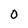
Character: 0